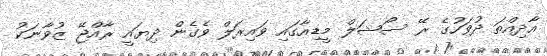
އާދިއްތަ ދުވަހުގެ ރޭ ސޯޝަލް މީޑިއާގައި ވައިރަލް ވެގެން ދިޔައީ ރާއްޖޭ ޒުވާނަކު